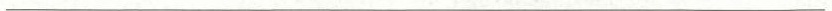
___